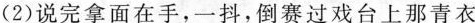
⑵说完拿面在手，一抖，倒赛过戏台上那青衣